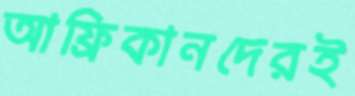
আফ্রিকানদেরই